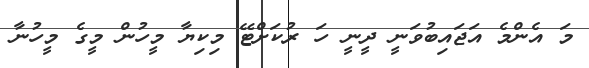
މަ އެންމެ އަޖައިބުވަނީ ދީނީ ހަ ރުކަށްޓޭ މިކިޔާ މީހުން މީގެ މީހުނާ